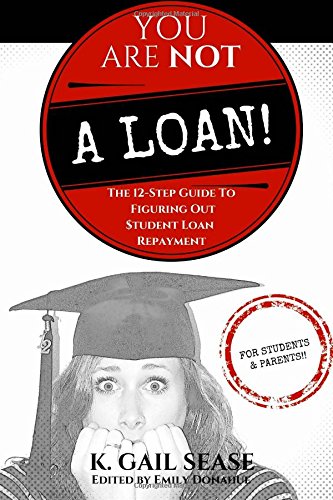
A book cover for You Are Not A Loan!: The 12-Step Guide To Figuring Out Student Loan Repayment; K. Gail Sease; Education & Teaching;